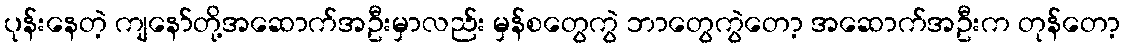
ပုန်းနေတဲ့ ကျနော်တို့အဆောက်အဦးမှာလည်း မှန်စတွေကွဲ ဘာတွေကွဲတော့ အဆောက်အဦးက တုန်တော့